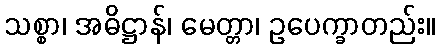
သစ္စာ၊ အဓိဋ္ဌာန်၊ မေတ္တာ၊ ဥပေက္ခာတည်း။